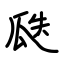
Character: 瓞